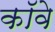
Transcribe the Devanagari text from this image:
कॉवे